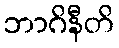
ဘာဂိနီတိ